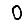
Digit: 0